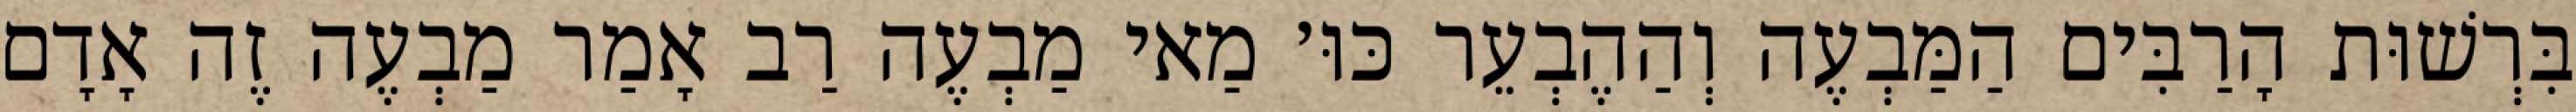
בִּרְשׁוּת הָרַבִּים הַמַּבְעֶה וְהַהֶבְעֵר כּוּ׳ מַאי מַבְעֶה רַב אָמַר מַבְעֶה זֶה אָדָם